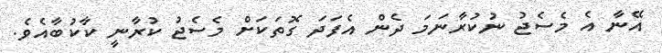
އޭނާ އެ މެސެޖު ނުކުރާނަމަ ދެން އެފަދަ ގޮތަކަށް މެސެޖު ކުރާނީ ކާކުބާއެވެ.